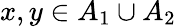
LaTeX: x,y\in A_{1}\cup A_{2}